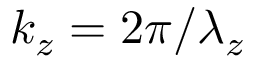
k _ { z } = 2 \pi / \lambda _ { z }